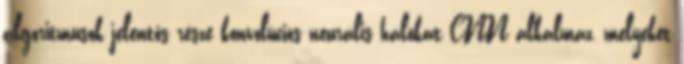
algoritmusok jelentős része konvolúciós neurális hálókat CNN alkalmaz, melyeket